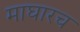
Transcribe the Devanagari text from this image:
माघारच